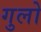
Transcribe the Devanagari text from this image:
गुलो